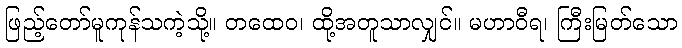
ဖြည့်တော်မူကုန်သကဲ့သို့။ တထေဝ၊ ထို့အတူသာလျှင်။ မဟာဝီရ၊ ကြီးမြတ်သော